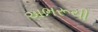
અભરૂચી